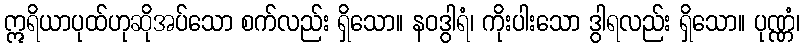
ဣရိယာပုထ်ဟုဆိုအပ်သော စက်လည်း ရှိသော။ နဝဒွါရံ၊ ကိုးပါးသော ဒွါရလည်း ရှိသော။ ပုဏ္ဏံ၊